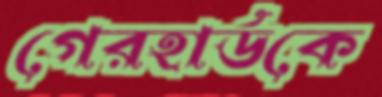
গেরহার্ডকে